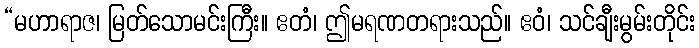
“မဟာရာဇ၊ မြတ်သောမင်းကြီး။ ဧတံ၊ ဤမရဏတရားသည်။ ဧဝံ၊ သင်ချီးမွမ်းတိုင်း